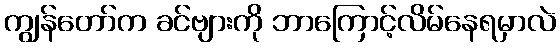
ကျွန်တော်က ခင်ဗျားကို ဘာကြောင့်လိမ်နေရမှာလဲ